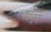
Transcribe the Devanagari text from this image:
मानून्